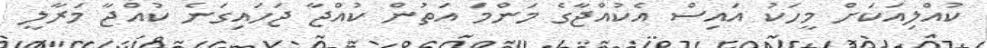
ކުއްލިއަކަށް މީހަކު އައިސް އެކުއްޖާގެ މަންމަ އަތުން ކުއްޖާ ޖަހައިގަނެ ކުއްޖާ މަރާލީ